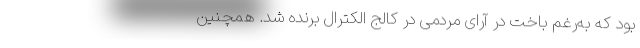
بود که به‌رغم باخت در آرای مردمی در کالج الکترال برنده شد. همچنین